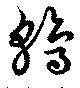
鶉